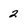
Character: 2